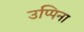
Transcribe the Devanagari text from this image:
उप्पिना